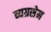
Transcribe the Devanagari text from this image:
व्यग्रसेन